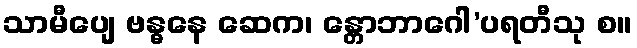
သာမီပျေ ဗန္ဓနေ ဆေက၊ န္တောဘာဂေါ’ပရတီသု စ။